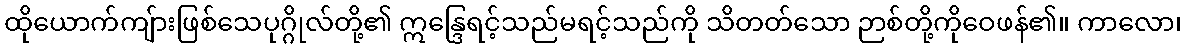
ထိုယောက်ကျ်ားဖြစ်သေပုဂ္ဂိုလ်တို့၏ ဣန္ဒြေရင့်သည်မရင့်သည်ကို သိတတ်သော ဉာစ်တို့ကိုဝေဖန်၏။ ကာလော၊